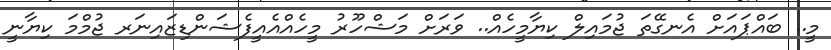
މީ.. ބައްޕައަށް އެނގޭތަ ޖުމައިލް ކިޔާމީހެއް.. ވަރަށް މަޝްހޫރު މީހެއްއެއީފެޝަންޑިޒައިނަރ ޖުމްމަ ކިޔާނީ